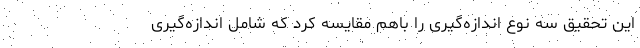
این تحقیق سه نوع اندازه‌گیری را باهم مقایسه کرد که شامل اندازه‌گیری